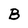
Character: B